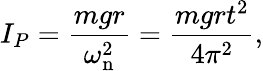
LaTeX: I_{P}={\frac{mgr}{\omega_{\mathrm{n}}^{2}}}={\frac{mgrt^{2}}{4\pi^{2}}},